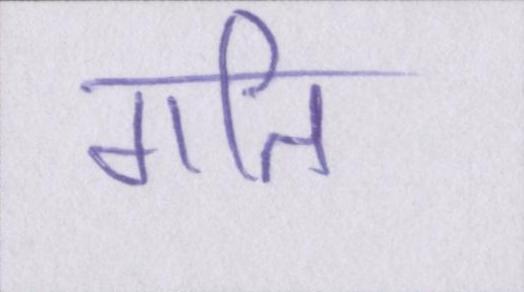
गति